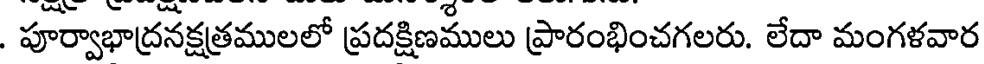
. పూర్వాభాద్రనక్షత్రములలో ప్రదక్షిణములు ప్రారంభించగలరు. లేదా మంగళవార